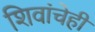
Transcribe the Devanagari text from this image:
शिवांचेही